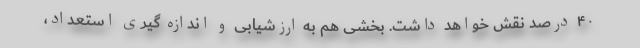
۴۰ درصد نقش خواهد داشت. بخشی هم به ارزشیابی و اندازه گیری استعداد،